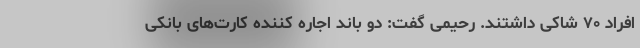
افراد ٧٠ شاکی داشتند. رحیمی گفت: دو باند اجاره کننده کارت‌های بانکی